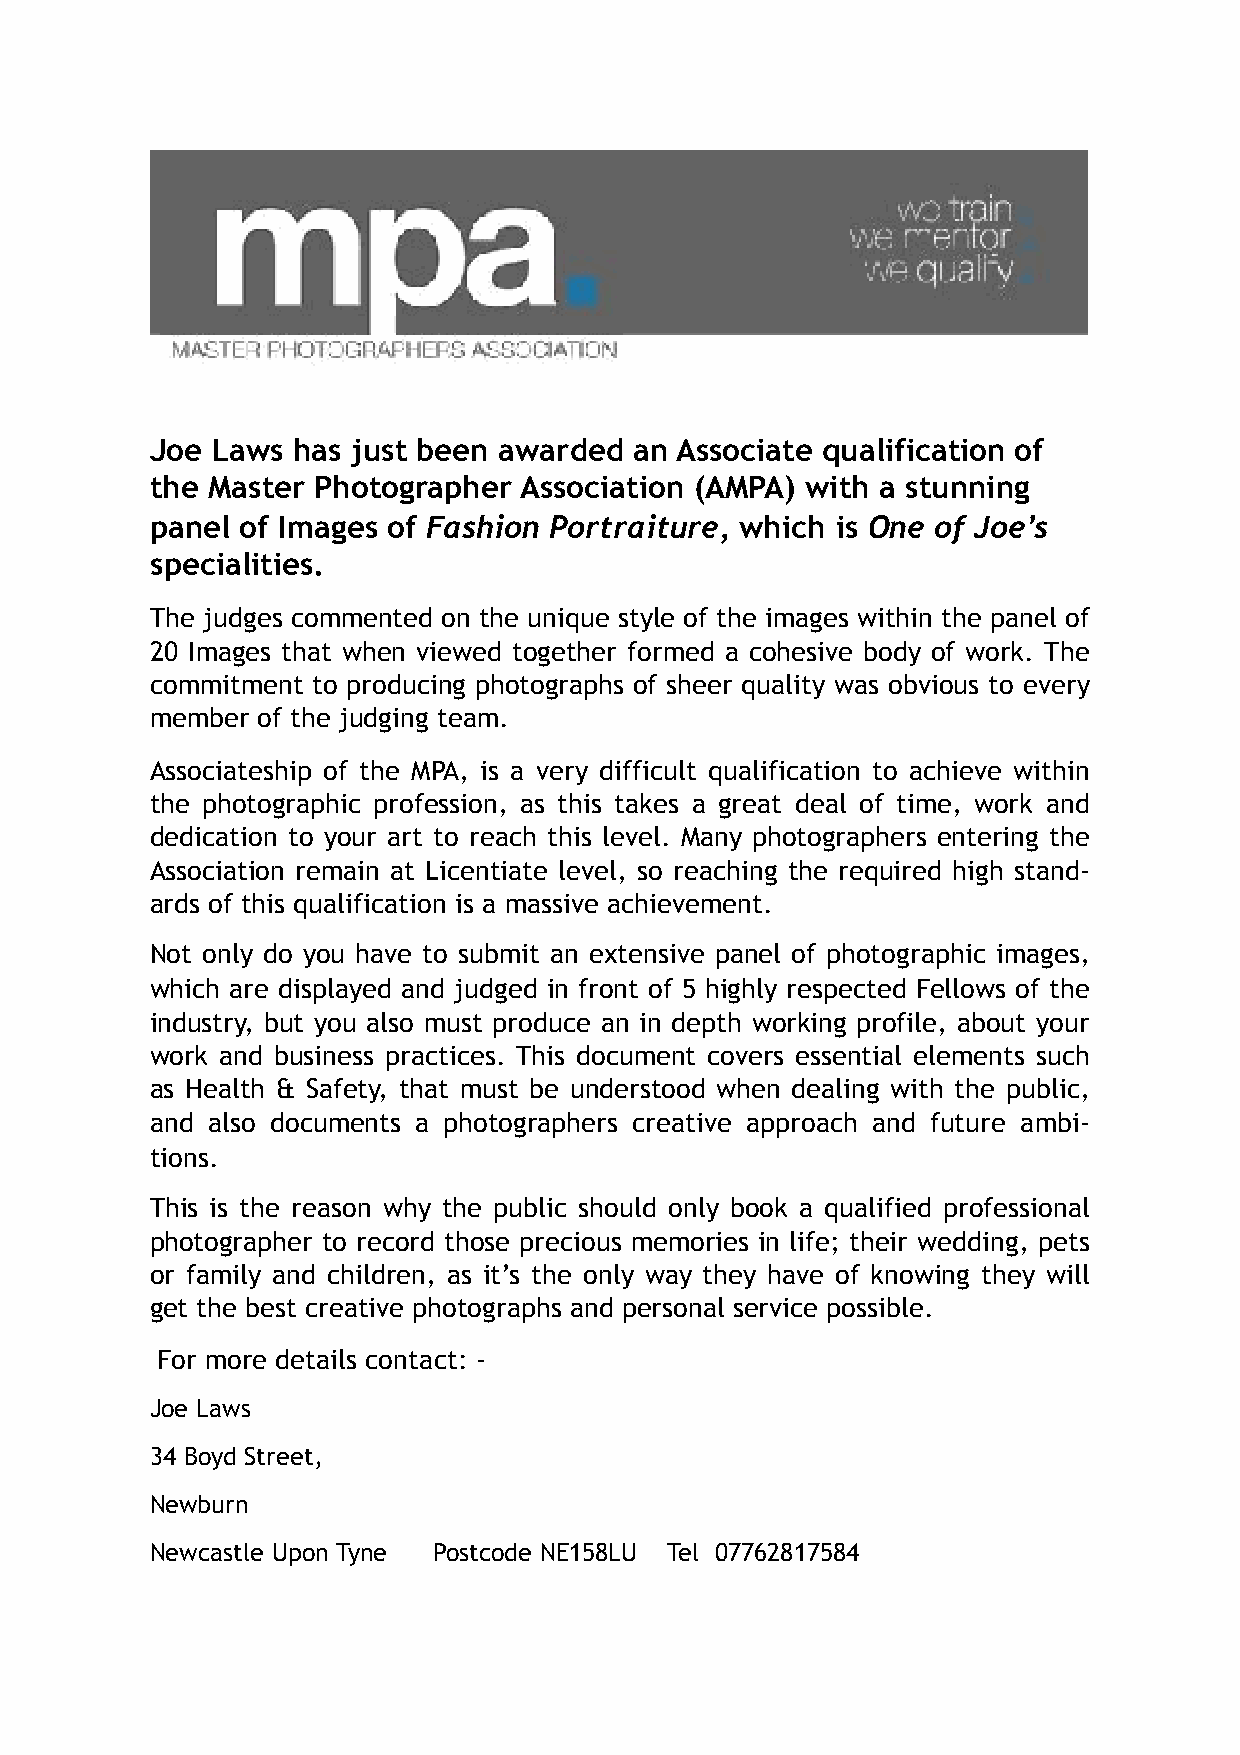
Joe Laws has just been awarded  an Associate qualification of
 the Master Photographer Association (AMPA) with a stunning
 panel of Images of Fashion Portraiture, which is One of Joe’s
 specialities.
 The judges commented on the unique style of the images within the panel of
 20 Images that when viewed together formed a cohesive body of work. The
 commitment to producing photographs of sheer quality was obvious to every
 member of the judging team.
 Associateship of the MPA, is a very difficult qualification to achieve within
 the photographic profession, as this takes a great deal of time, work and
 dedication to your art to reach this level. Many photographers entering the
 Association remain at Licentiate level, so reaching the required high stand-
 ards of this qualification is a massive achievement.
 Not only do you have to submit an extensive panel of photographic images,
 which are displayed and judged in front of 5 highly respected Fellows of the
 industry, but you also must produce an in depth working profile, about your
 work and business practices. This document covers essential elements such
 as Health & Safety, that must be understood when dealing with the public,
 and also documents a photographers creative approach and future ambi-
 tions.
 This is the reason why the public should only book a qualified professional
 photographer to record those precious memories in life; their wedding, pets
 or family and children, as it’s the only way they have of knowing they will
 get the best creative photographs and personal service possible.
 For more details contact: -
 Joe Laws
 34 Boyd Street,
 Newburn
 Newcastle Upon Tyne Postcode NE158LU Tel 07762817584